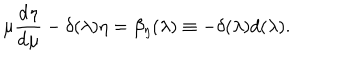
\mu { \frac { \mathrm { d } \eta } { \mathrm { d } \mu } } - \delta ( \lambda ) \eta = \beta _ { \eta } ( \lambda ) \equiv - \delta ( \lambda ) d ( \lambda ) .